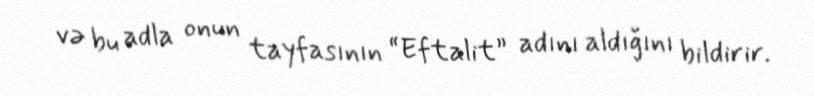
və bu adla onun tayfasının “Eftalit” adını aldığını bildirir.